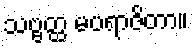
သဗ္ဗတ္ထ မပရာဇိတာ။